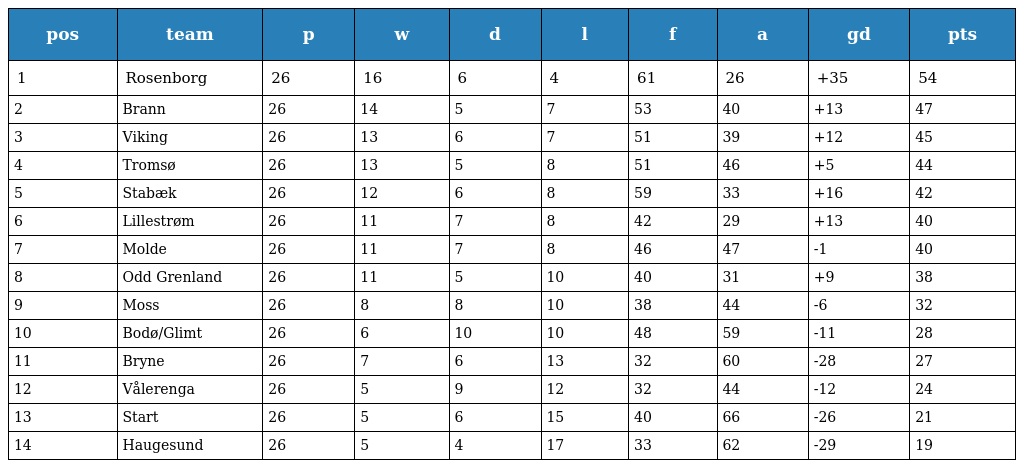
| pos | team | p | w | d | l | f | a | gd | pts |
 | --- | --- | --- | --- | --- | --- | --- | --- | --- | --- |
 | 1 | Rosenborg | 26 | 16 | 6 | 4 | 61 | 26 | +35 | 54 |
 | 2 | Brann | 26 | 14 | 5 | 7 | 53 | 40 | +13 | 47 |
 | 3 | Viking | 26 | 13 | 6 | 7 | 51 | 39 | +12 | 45 |
 | 4 | Tromsø | 26 | 13 | 5 | 8 | 51 | 46 | +5 | 44 |
 | 5 | Stabæk | 26 | 12 | 6 | 8 | 59 | 33 | +16 | 42 |
 | 6 | Lillestrøm | 26 | 11 | 7 | 8 | 42 | 29 | +13 | 40 |
 | 7 | Molde | 26 | 11 | 7 | 8 | 46 | 47 | -1 | 40 |
 | 8 | Odd Grenland | 26 | 11 | 5 | 10 | 40 | 31 | +9 | 38 |
 | 9 | Moss | 26 | 8 | 8 | 10 | 38 | 44 | -6 | 32 |
 | 10 | Bodø/Glimt | 26 | 6 | 10 | 10 | 48 | 59 | -11 | 28 |
 | 11 | Bryne | 26 | 7 | 6 | 13 | 32 | 60 | -28 | 27 |
 | 12 | Vålerenga | 26 | 5 | 9 | 12 | 32 | 44 | -12 | 24 |
 | 13 | Start | 26 | 5 | 6 | 15 | 40 | 66 | -26 | 21 |
 | 14 | Haugesund | 26 | 5 | 4 | 17 | 33 | 62 | -29 | 19 |